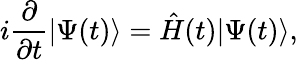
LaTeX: i\frac{\partial}{\partial t}|\Psi(t)\rangle=\hat{H}(t)|\Psi(t)\rangle,